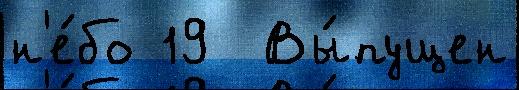
н'е́бо 19  Вы́пущен